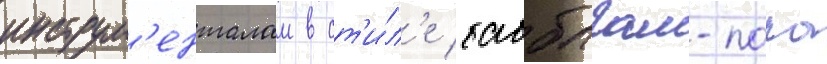
инструм'енталом в ст'и́л'е бабблгам-попа